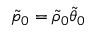
\tilde { p } _ { 0 } = \tilde { \rho } _ { 0 } \tilde { \theta } _ { 0 }